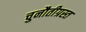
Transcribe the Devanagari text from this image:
चुनौतीग्रस्त